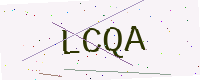
Text: LCQA